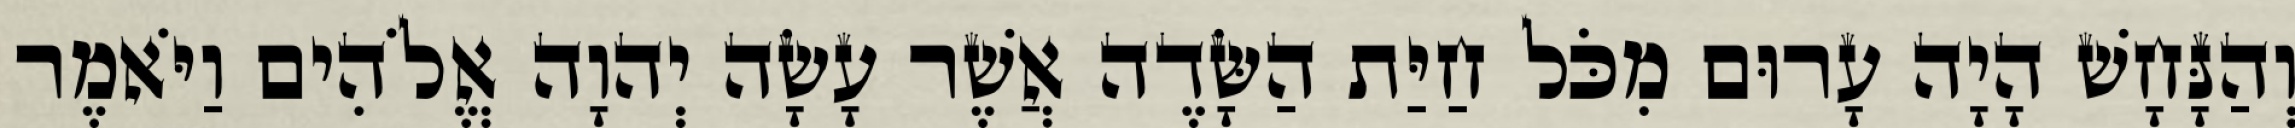
וְהַנָּחָשׁ הָיָה עָרוּם מִכֹּל חַיַּת הַשָּׂדֶה אֲשֶׁר עָשָׂה יְהוָה אֱלֹהִים וַיֹּאמֶר